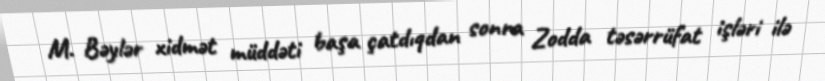
M. Bəylər xidmət müddəti başa çatdıqdan sonra Zodda təsərrüfat işləri ilə